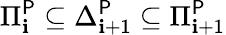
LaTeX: \Pi_{\mathbf{i}}^{\mathsf{{P}}}\subseteq\Delta_{\mathbf{i}+1}^{\mathsf{{P}}}\subseteq\Pi_{\mathbf{i}+1}^{\mathsf{{P}}}